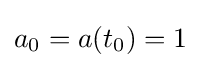
a_{0}=a(t_{0})=1